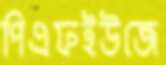
পিএফইউজে